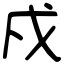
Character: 戍